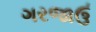
ગરજાઉ